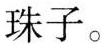
珠子。